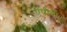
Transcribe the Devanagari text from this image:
एपीवी